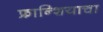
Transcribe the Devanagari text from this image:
फ्रान्शियाचा